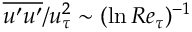
{ \overline { { u ^ { \prime } u ^ { \prime } } } } / u _ { \tau } ^ { 2 } \sim ( \ln R e _ { \tau } ) ^ { - 1 }